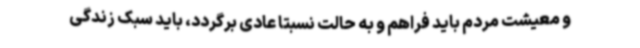
و معیشت مردم باید فراهم و به حالت نسبتا عادی برگردد، باید سبک زندگی